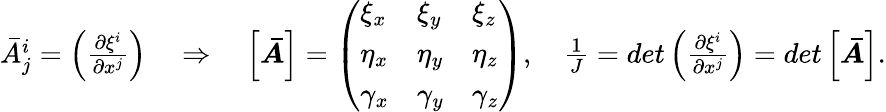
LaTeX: \begin{array}{r}{\bar{A}_{j}^{i}=\left(\frac{\partial\xi^{i}}{\partial x^{j}}\right)\quad\Rightarrow\quad\left[\boldsymbol{\bar{A}}\right]=\left(\begin{array}{lll}{\xi_{x}}&{\xi_{y}}&{\xi_{z}}\\ {\eta_{x}}&{\eta_{y}}&{\eta_{z}}\\ {\gamma_{x}}&{\gamma_{y}}&{\gamma_{z}}\end{array}\right),\quad\frac{1}{J}=det\left(\frac{\partial\xi^{i}}{\partial x^{j}}\right)=det\left[\boldsymbol{\bar{A}}\right].}\end{array}